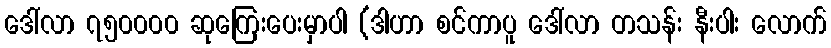
ဒေါ်လာ ၇၅၀၀၀၀ ဆုကြေးပေးမှာပါ (ဒါဟာ စင်ကာပူ ဒေါ်လာ တသန်း နီးပါး လောက်